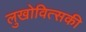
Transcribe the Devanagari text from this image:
लुखोवित्सकी